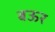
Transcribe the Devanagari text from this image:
बऊर